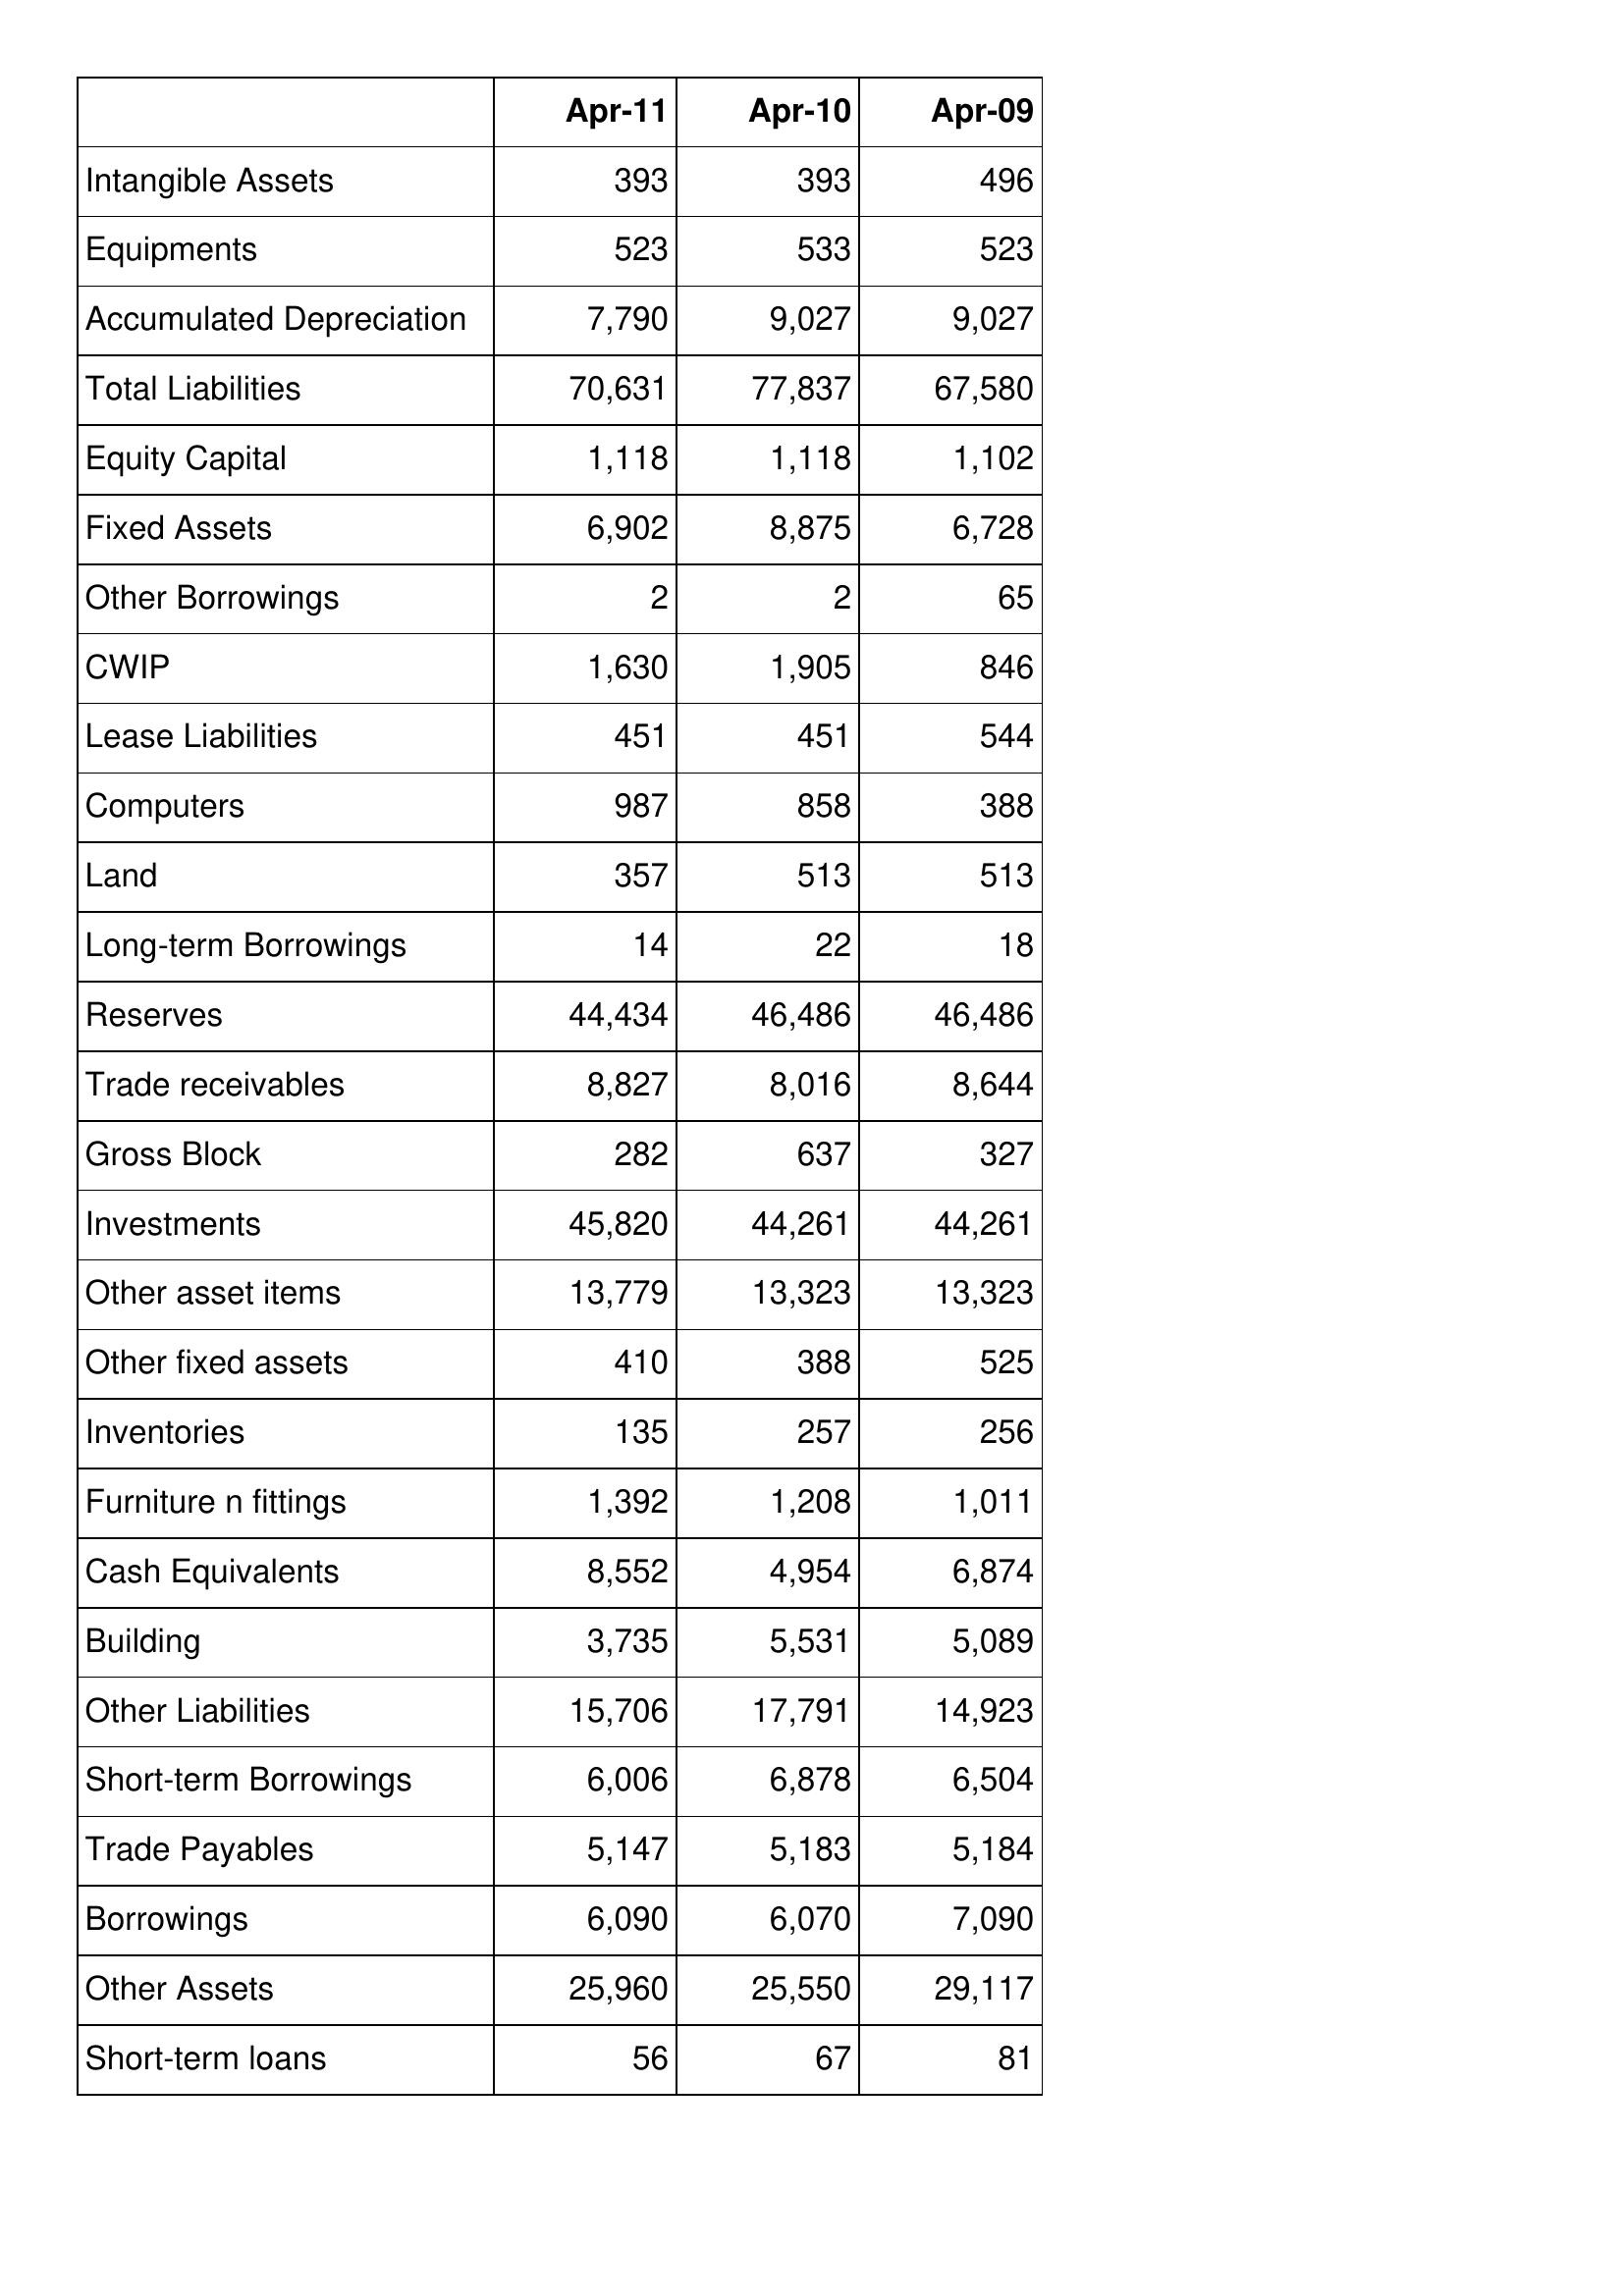
Apr-11: Balance Sheet: Intangible Assets: 393
Equipments: 523
Accumulated Depreciation: 7,790
Total Liabilities: 70,631
Equity Capital: 1,118
Fixed Assets: 6,902
Other Borrowings: 2
CWIP: 1,630
Lease Liabilities: 451
Computers: 987
Land: 357
Long-term Borrowings: 14
Reserves: 44,434
Trade receivables: 8,827
Gross Block: 282
Investments: 45,820
Other asset items: 13,779
Other fixed assets: 410
Inventories: 135
Furniture n fittings: 1,392
Cash Equivalents: 8,552
Building: 3,735
Other Liabilities: 15,706
Short-term Borrowings: 6,006
Trade Payables: 5,147
Borrowings: 6,090
Other Assets: 25,960
Short-term loans: 56
Apr-10: Balance Sheet: Intangible Assets: 393
Equipments: 533
Accumulated Depreciation: 9,027
Total Liabilities: 77,837
Equity Capital: 1,118
Fixed Assets: 8,875
Other Borrowings: 2
CWIP: 1,905
Lease Liabilities: 451
Computers: 858
Land: 513
Long-term Borrowings: 22
Reserves: 46,486
Trade receivables: 8,016
Gross Block: 637
Investments: 44,261
Other asset items: 13,323
Other fixed assets: 388
Inventories: 257
Furniture n fittings: 1,208
Cash Equivalents: 4,954
Building: 5,531
Other Liabilities: 17,791
Short-term Borrowings: 6,878
Trade Payables: 5,183
Borrowings: 6,070
Other Assets: 25,550
Short-term loans: 67
Apr-09: Balance Sheet: Intangible Assets: 496
Equipments: 523
Accumulated Depreciation: 9,027
Total Liabilities: 67,580
Equity Capital: 1,102
Fixed Assets: 6,728
Other Borrowings: 65
CWIP: 846
Lease Liabilities: 544
Computers: 388
Land: 513
Long-term Borrowings: 18
Reserves: 46,486
Trade receivables: 8,644
Gross Block: 327
Investments: 44,261
Other asset items: 13,323
Other fixed assets: 525
Inventories: 256
Furniture n fittings: 1,011
Cash Equivalents: 6,874
Building: 5,089
Other Liabilities: 14,923
Short-term Borrowings: 6,504
Trade Payables: 5,184
Borrowings: 7,090
Other Assets: 29,117
Short-term loans: 81